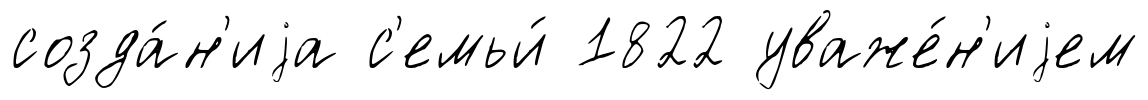
созда́н'иjа с'емьи́ 1822 уваже́н'иjем